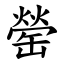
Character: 罃